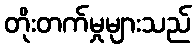
တိုးတက်မှုများသည်